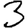
Digit: 3